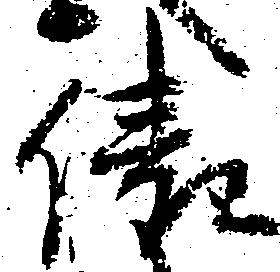
俵